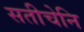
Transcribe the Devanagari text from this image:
सतीचेनि